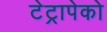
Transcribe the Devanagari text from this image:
टेट्रापेको